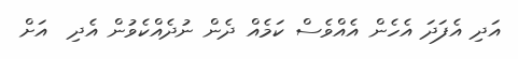
އަދި އެފަދަ އެހެން އެއްވެސް ކަމެއް ދެން ނުދެއްކެވުން އެދި  އަށް